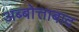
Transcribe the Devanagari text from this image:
अब्बोत्ताबाद